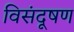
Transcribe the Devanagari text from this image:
विसंदूषण